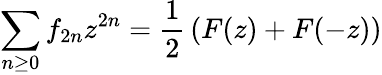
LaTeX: \sum_{n\geq 0}f_{2n}z^{2n}={\frac{1}{2}}\left(F(z)+F(-z)\right)